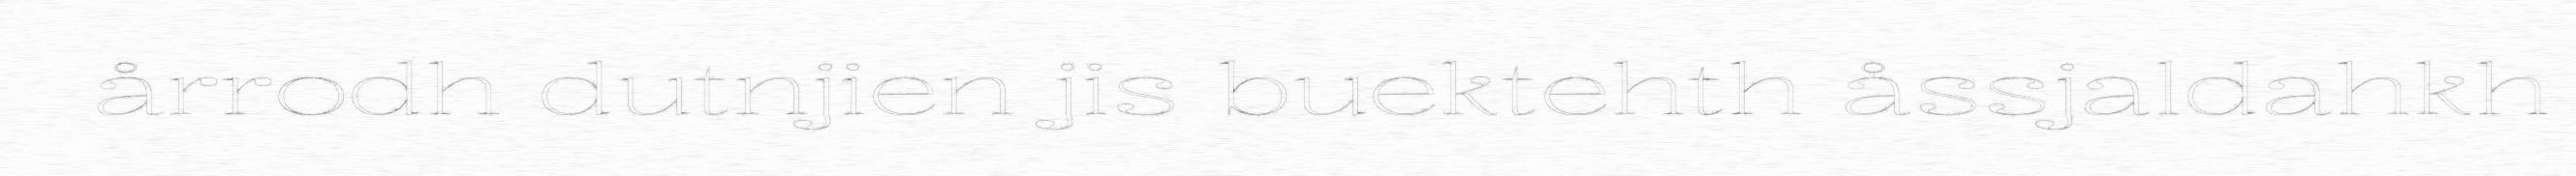
årrodh dutnjien jis buektehth åssjaldahkh